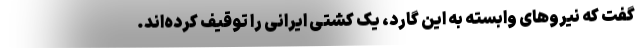
گفت که نیروهای وابسته به این گارد، یک کشتی ایرانی را توقیف کرده‌اند.